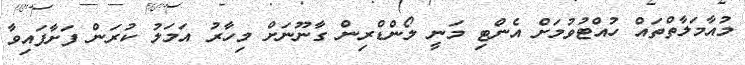
މުއާމަލާތްތައް ހުއްޓުވުމަށް އެންޓި މަނީ ލޯންޑްރިން ގާނޫނަށް މިހާރު އަމަލު ކުރަން ފަށާފައިވާ